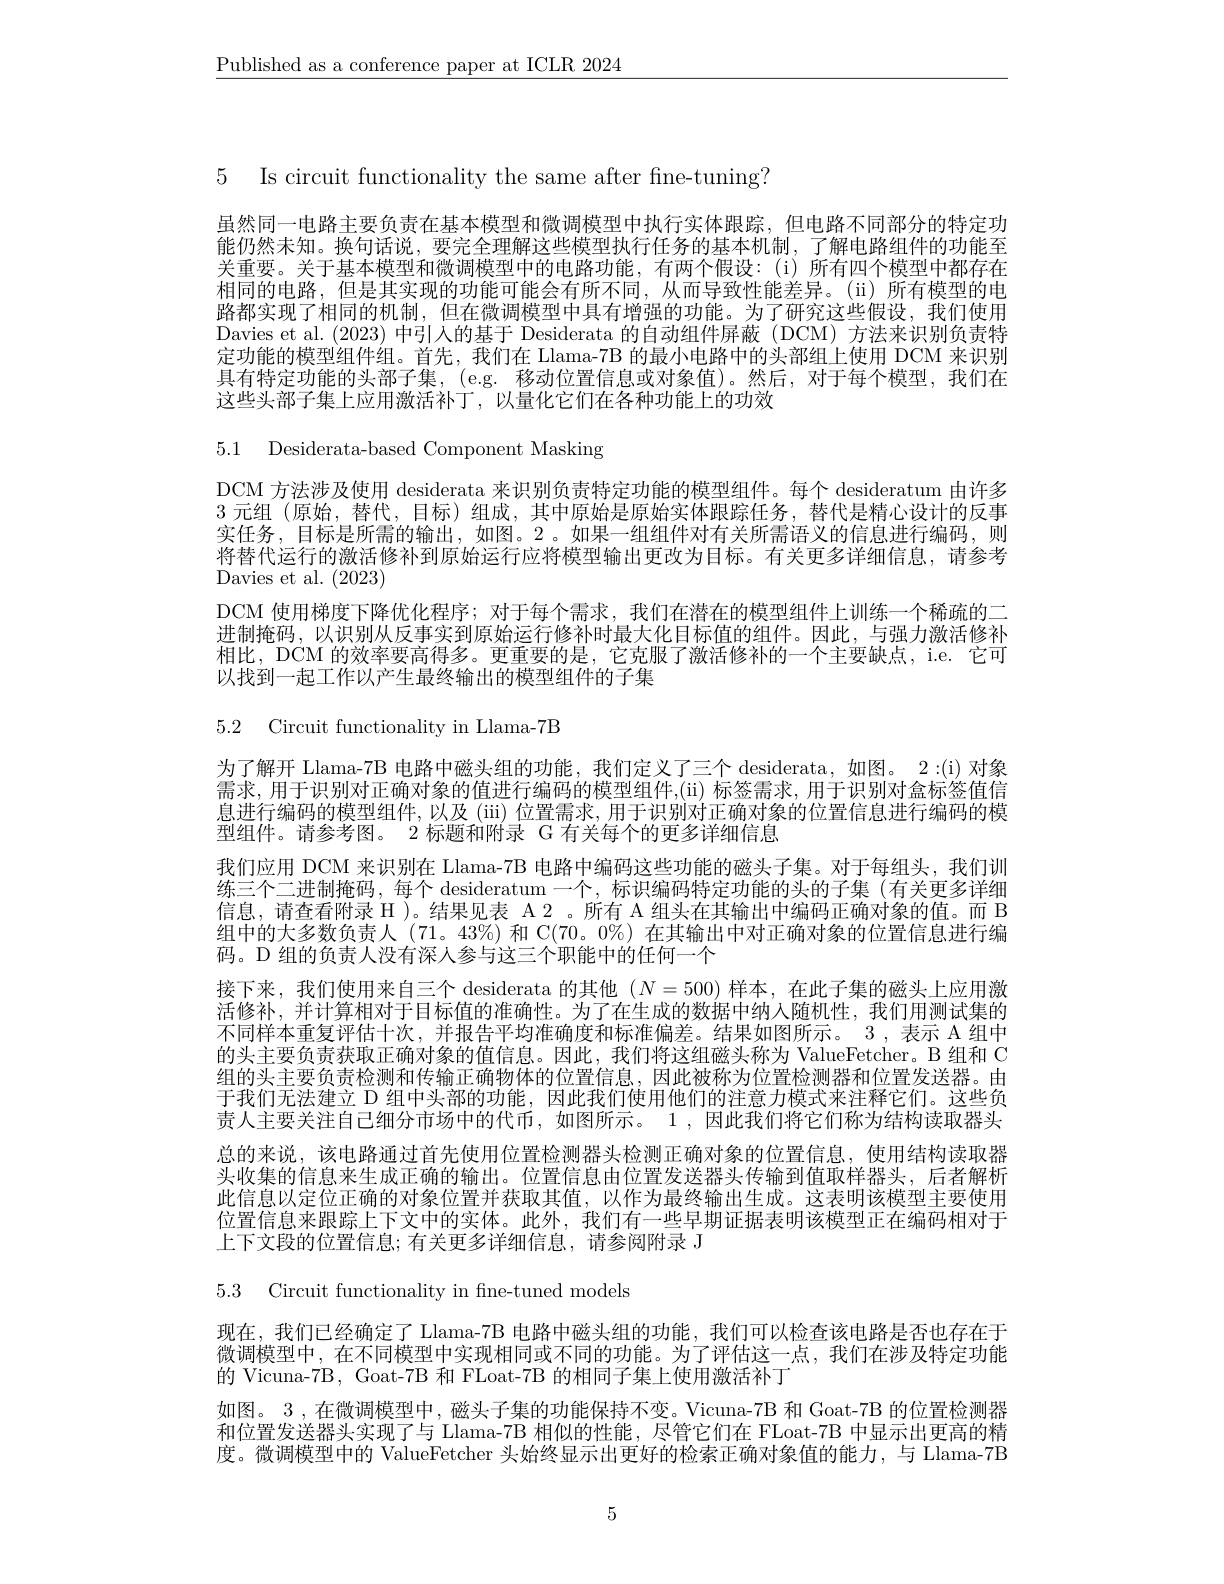
$\underline{\text{Published as a conference paper at ICLR 2024}}$

虽然同一电路主要负责在基本模型和微调模型中执行实体跟踪，但电路不同部分的特定功能仍然未知。换句话说，要完全理解这些模型执行任务的基本机制，了解电路组件的功能至关重要。关于基本模型和微调模型中的电路功能，有两个假设：(i)所有四个模型中都存在相同的电路，但是其实现的功能可能会有所不同，从而导致性能差异。(ii)所有模型的电路都实现了相同的机制，但在微调模型中具有增强的功能。为了研究这些假设，我们使用Davies et al. (2023) 中引人的基于 Desiderata 的自动组件屏蔽 (DCM) 方法来识别负责特定功能的模型组件组。首先，我们在 Llama-7B 的最小电路中的头部组上使用 DCM 来识别具有特定功能的头部子集，(e.g. 移动位置信息或对象值)。然后，对于每个模型，我们在这些头部子集上应用激活补丁，以量化它们在各种功能上的功效

5 Is circuit functionality the same after fine-tuning?
5.1 Desiderata-based Component Masking
DCM 方法涉及使用 desiderata 来识别负责特定功能的模型组件。每个 desideratum 由许多3 元组 (原始，替代，目标) 组成，其中原始是原始实体跟踪任务，替代是精心设计的反事实任务，目标是所需的输出，如图。2。如果一组组件对有关所需语义的信息进行编码，则将替代运行的激活修补到原始运行应将模型输出更改为目标。有关更多详细信息，请参考Davies et al. (2023)
DCM 使用梯度下降优化程序；对于每个需求，我们在潜在的模型组件上训练一个稀疏的二进制掩码，以识别从反事实到原始运行修补时最大化目标值的组件。因此，与强力激活修补相比，DCM 的效率要高得多。更重要的是，它克服了激活修补的一个主要缺点，i.e. 它可以找到一起工作以产生最终输出的模型组件的子集
5.2 Circuit functionality in Llama-7B

为了解开 Llama-7B 电路中磁头组的功能，我们定义了三个 desiderata, 如图。2 :(i) 对象需求，用于识别对正确对象的值进行编码的模型组件，(ii) 标签需求，用于识别对盒标签值信息进行编码的模型组件，以及 (ii) 位置需求，用于识别对正确对象的位置信息进行编码的模型组件。请参考图。2 标题和附录 G 有关每个的更多详细信息
我们应用 DCM 来识别在 Llama-7B 电路中编码这些功能的磁头子集。对于每组头，我们训练三个二进制掩码，每个 desideratum 一个，标识编码特定功能的头的子集 (有关更多详细信息，请查看附录 H )。结果见表 A 2 。所有 A 组头在其输出中编码正确对象的值。而 B 组中的大多数负责人(71。43$\%) 和 C(70。0%) 在其输出中对正确对象的位置信息进行编$ 码。D 组的负责人没有深入参与这三个职能中的任何一个
接下来，我们使用来自三个 desiderata 的其他$(N=500)$样本，在此子集的磁头上应用激活修补，并计算相对于目标值的准确性。为了在生成的数据中纳入随机性，我们用测试集的不同样本重复评估十次，并报告平均准确度和标准偏差。结果如图所示。3,表示 A 组中的头主要负责获取正确对象的值信息。因此，我们将这组磁头称为 ValueFetcher。B 组和 C 组的头主要负责检测和传输正确物体的位置信息，因此被称为位置检测器和位置发送器。由于我们无法建立 D 组中头部的功能，因此我们使用他们的注意力模式来注释它们。这些负责人主要关注自己细分市场中的代币，如图所示。1 ,因此我们将它们称为结构读取器头总的来说，该电路通过首先使用位置检测器头检测正确对象的位置信息，使用结构读取器头收集的信息来生成正确的输出。位置信息由位置发送器头传输到值取样器头，后者解析此信息以定位正确的对象位置并获取其值，以作为最终输出生成。这表明该模型主要使用位置信息来跟踪上下文中的实体。此外，我们有一些早期证据表明该模型正在编码相对于上下文段的位置信息；有关更多详细信息，请参阅附录 J

5.3 Circuit functionality in fine-tuned models

现在，我们已经确定了 Llama-7B 电路中磁头组的功能，我们可以检查该电路是否也存在于微调模型中，在不同模型中实现相同或不同的功能。为了评估这一点，我们在涉及特定功能的 Vicuna-7B, Goat-7B 和 FLoat-7B 的相同子集上使用激活补丁
如图。3 ,在微调模型中，磁头子集的功能保持不变。Vicuna-7B 和 Goat-7B 的位置检测器和位置发送器头实现了与 Llama-7B 相似的性能，尽管它们在 FLoat-7B 中显示出更高的精度。微调模型中的 ValueFetcher 头始终显示出更好的检索正确对象值的能力，与 Llama-7B

5